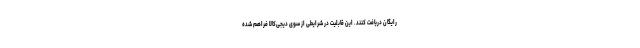
رایگان دریافت کنند. این قابلیت در شرایطی از سوی دیجی‌کالا فراهم شده